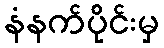
နံနက်ပိုင်းမှ